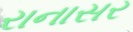
રાનાસર